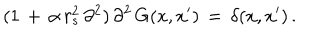
LaTeX: ( 1 \, + \, \alpha \, r _ { s } ^ { 2 } \, \partial ^ { 2 } ) \, \partial ^ { 2 } \, G ( x , x ^ { \prime } ) \, = \, \delta ( x , x ^ { \prime } ) \, { . }